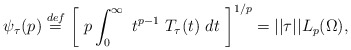
\begin{align*} \psi_{\tau}(p) \stackrel{def}{=} \left[ \ p \int_0^{\infty} \ t^{p-1} \ T_{\tau}(t) \ dt \ \right]^{1/p} = ||\tau||L_p(\Omega),\end{align*}